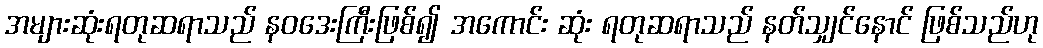
အများဆုံးရတုဆရာသည် နဝဒေးကြီးဖြစ်၍ အကောင်း ဆုံး ရတုဆရာသည် နတ်သျှင်နောင် ဖြစ်သည်ဟု